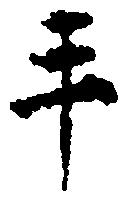
手